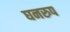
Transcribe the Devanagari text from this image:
घनरुप